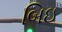
બિઇ